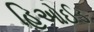
હિઓઈડ